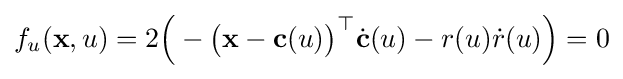
f_{u}({\mathbf {x} },u)=2{\Big (}-{\big (}{\mathbf {x} }-{\mathbf {c} }(u){\big )}^{\top }{\dot {\mathbf {c} }}(u)-r(u){\dot {r}}(u){\Big )}=0